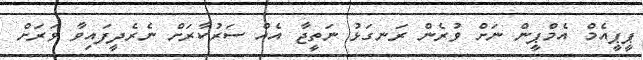
ޕީޕީއެމް އެމްޕީން ނަށް ވުރެން ރަނގަޅު ނަތީޖާ އެއް ސަރުކާރަށް ނެރެދީފައިވާ ވަރަށް